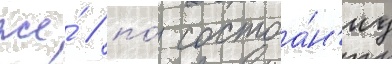
же́ / по́ состоа́н'иу